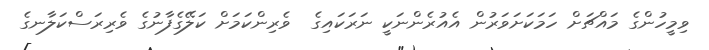
ވިމީހުންގެ މައްޗަށް ހަމަކަށަވަރުން އެއުރެންނަކީ ނަރަކައިގެ  ވެރިންކަމަށް ކަލޭގެފާނުގެ ވެރިރަސްކަލާނގެ